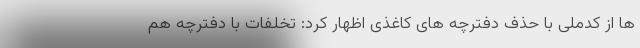
ها از کدملی با حذف دفترچه های کاغذی اظهار کرد: تخلفات با دفترچه هم